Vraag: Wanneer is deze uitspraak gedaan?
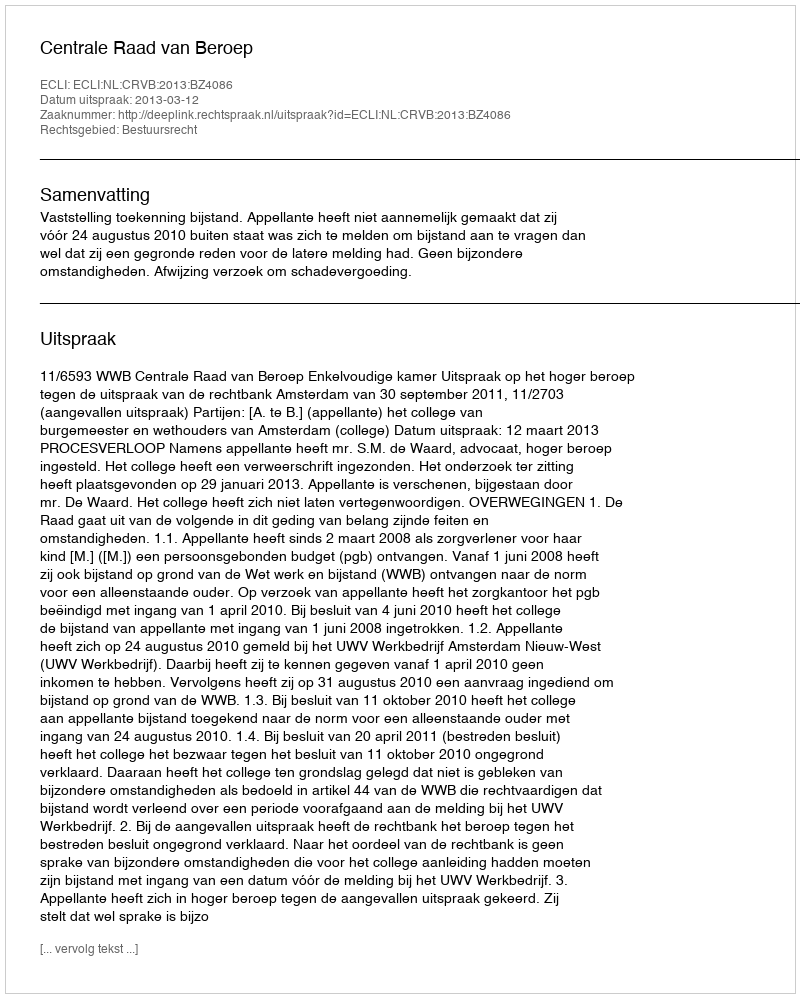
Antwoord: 2013-03-12